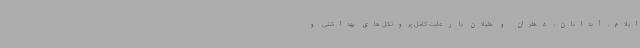
ایلام، آبدانان، دهلران و هلیلان با رعایت کامل پروتکل های بهداشتی و